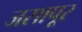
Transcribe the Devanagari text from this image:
जसापूर